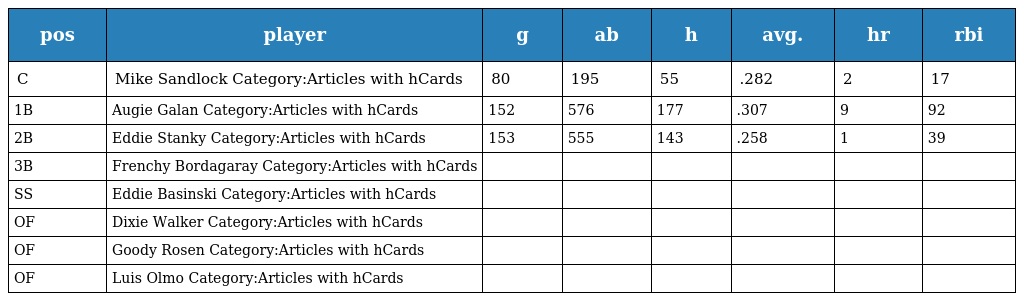
| pos | player | g | ab | h | avg. | hr | rbi |
 | --- | --- | --- | --- | --- | --- | --- | --- |
 | C | Mike Sandlock Category:Articles with hCards | 80 | 195 | 55 | .282 | 2 | 17 |
 | 1B | Augie Galan Category:Articles with hCards | 152 | 576 | 177 | .307 | 9 | 92 |
 | 2B | Eddie Stanky Category:Articles with hCards | 153 | 555 | 143 | .258 | 1 | 39 |
 | 3B | Frenchy Bordagaray Category:Articles with hCards |  |  |  |  |  |  |
 | SS | Eddie Basinski Category:Articles with hCards |  |  |  |  |  |  |
 | OF | Dixie Walker Category:Articles with hCards |  |  |  |  |  |  |
 | OF | Goody Rosen Category:Articles with hCards |  |  |  |  |  |  |
 | OF | Luis Olmo Category:Articles with hCards |  |  |  |  |  |  |